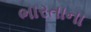
ભારતાના